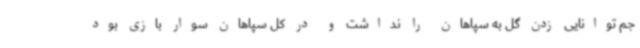
جم توانایی زدن گل به سپاهان را نداشت و در کل سپاهان سوار بازی بود